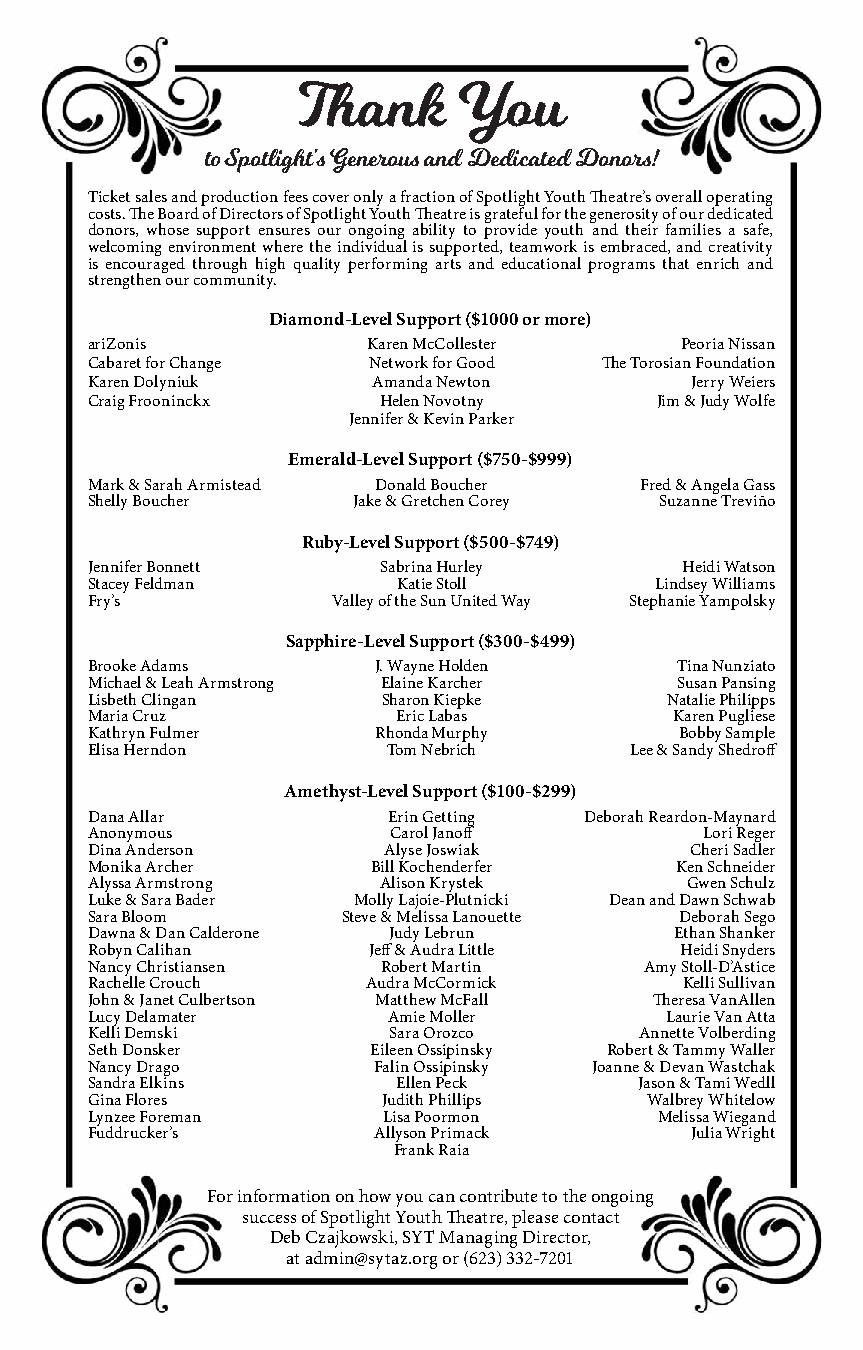
Th  ank   You
 to Spotlight’s Generous and Dedicated Donors!
 Ticket sales and production fees cover only a fraction of Spotlight Youth Th eatre’s overall operating
 costs. Th e Board of Directors of Spotlight Youth Th eatre is grateful for the generosity of our dedicated
 donors, whose support ensures our ongoing ability to provide youth and their families a safe,
 welcoming environment where the individual is supported, teamwork is embraced, and creativity
 is encouraged through high quality performing arts and educational programs that enrich and
 strengthen our community.
 Diamond-Level Support ($1000 or more)
 ariZonis          Karen McCollester    Peoria Nissan
 Cabaret for Change Network for Good Th e Torosian Foundation
 Karen Dolyniuk     Amanda Newton        Jerry Weiers
 Craig Frooninckx   Helen Novotny     Jim & Judy Wolfe
 Jennifer & Kevin Parker
 Emerald-Level Support ($750-$999)
 Mark & Sarah Armistead Donald Boucher Fred & Angela Gass
 Shelly Boucher   Jake & Gretchen Corey Suzanne Treviño
 Ruby-Level Support ($500-$749)
 Jennifer Bonnett   Sabrina Hurley      Heidi Watson
 Stacey Feldman      Katie Stoll      Lindsey Williams
 Fry’s           Valley of the Sun United Way Stephanie Yampolsky
 Sapphire-Level Support ($300-$499)
 Brooke Adams       J. Wayne Holden     Tina Nunziato
 Michael & Leah Armstrong Elaine Karcher Susan Pansing
 Lisbeth Clingan    Sharon Kiepke      Natalie Philipps
 Maria Cruz          Eric Labas        Karen Pugliese
 Kathryn Fulmer     Rhonda Murphy       Bobby Sample
 Elisa Herndon      Tom Nebrich      Lee & Sandy Shedroff
 Amethyst-Level Support ($100-$299)
 Dana Allar          Erin Getting Deborah Reardon-Maynard
 Anonymous           Carol Janoff        Lori Reger
 Dina Anderson      Alyse Joswiak        Cheri Sadler
 Monika Archer     Bill Kochenderfer    Ken Schneider
 Alyssa Armstrong   Alison Krystek      Gwen Schulz
 Luke & Sara Bader Molly Lajoie-Plutnicki Dean and Dawn Schwab
 Sara Bloom       Steve & Melissa Lanouette Deborah Sego
 Dawna & Dan Calderone Judy Lebrun     Ethan Shanker
 Robyn Calihan     Jeff & Audra Little  Heidi Snyders
 Nancy Christiansen Robert Martin     Amy Stoll-D’Astice
 Rachelle Crouch   Audra McCormick      Kelli Sullivan
 John & Janet Culbertson Matthew McFall Th eresa VanAllen
 Lucy Delamater      Amie Moller       Laurie Van Atta
 Kelli Demski        Sara Orozco     Annette Volberding
 Seth Donsker      Eileen Ossipinsky Robert & Tammy Waller
 Nancy Drago        Falin Ossipinsky Joanne & Devan Wastchak
 Sandra Elkins       Ellen Peck      Jason & Tami Wedll
 Gina Flores        Judith Phillips   Walbrey Whitelow
 Lynzee Foreman     Lisa Poormon      Melissa Wiegand
 Fuddrucker’s       Allyson Primack      Julia Wright
 Frank Raia
 For information on how you can contribute to the ongoing
 success of Spotlight Youth Th eatre, please contact
 Deb Czajkowski, SYT Managing Director,
 at admin@sytaz.org or (623) 332-7201